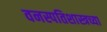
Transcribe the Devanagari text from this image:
वनस्पतिशास्त्रच्या